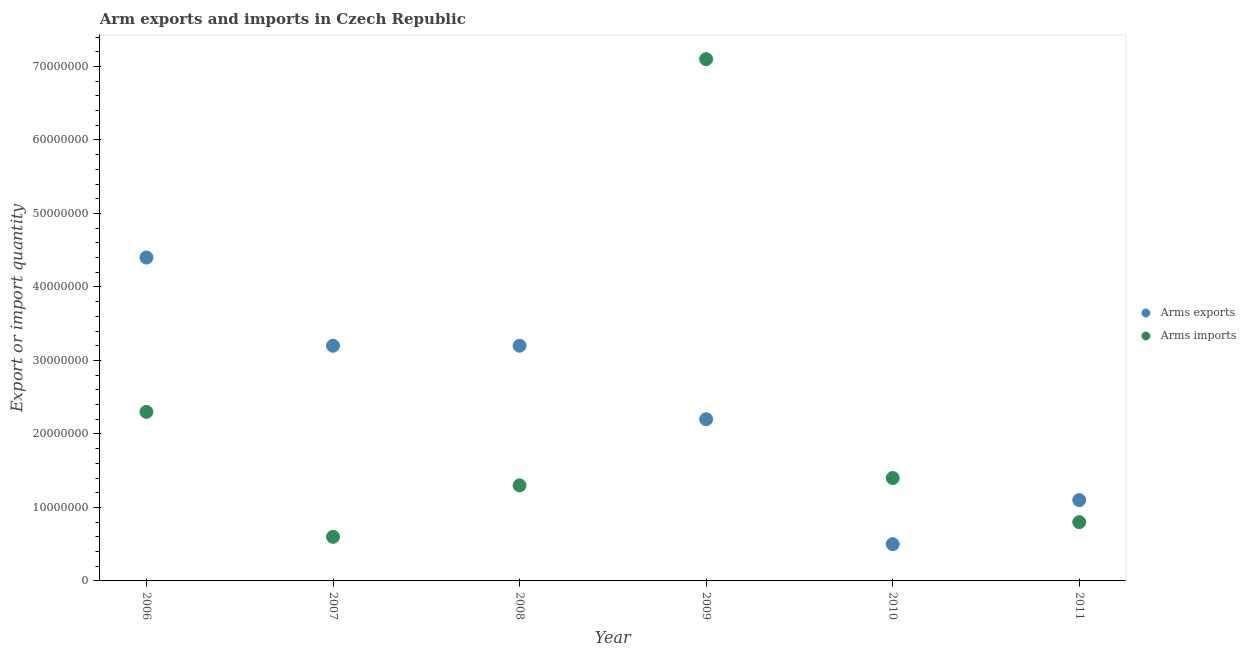
| Year | Arms exports | Arms imports |
 | --- | --- | --- |
 | 2006 | 4.4e+07 | 2.3e+07 |
 | 2007 | 3.2e+07 | 6e+06 |
 | 2008 | 3.2e+07 | 1.3e+07 |
 | 2009 | 2.2e+07 | 7.1e+07 |
 | 2010 | 5e+06 | 1.4e+07 |
 | 2011 | 1.1e+07 | 8e+06 |